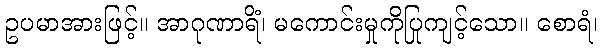
ဥပမာအားဖြင့်။ အာဂုဏာရိံ၊ မကောင်းမှုကိုပြုကျင့်သော။ စောရံ၊